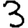
Digit: 3